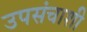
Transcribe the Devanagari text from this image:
उपसंचाशी